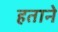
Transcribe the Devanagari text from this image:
हताने